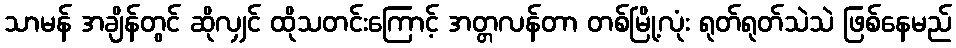
သာမန် အချိန်တွင် ဆိုလျှင် ထိုသတင်းကြောင့် အတ္တလန်တာ တစ်မြို့လုံး ရုတ်ရုတ်သဲသဲ ဖြစ်နေမည်